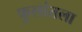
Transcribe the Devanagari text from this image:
फुलांतला